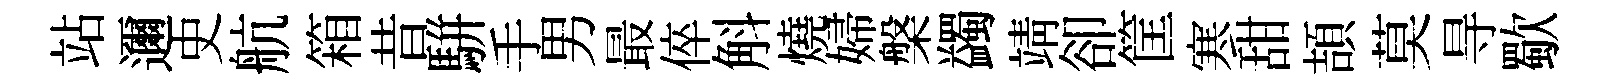
站邇史航箱昔駢手男最倅斛燒婦槃蠲靖卻筐寒甜頡莫㝵歜